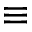
\equiv